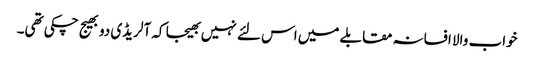
خواب والا افسانہ مقابلے میں اس لئے نہیں بھیجا کہ آلریڈی دو بھیج چکی تھی۔